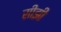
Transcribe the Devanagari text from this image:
सीझी